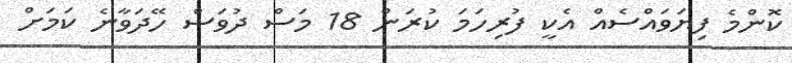
ކޮންމެ ފިޔަވައްސެއް އެކީ ފުރިހަމަ ކުރަން 18 މަސް ދުވަސް ހޭދަވާނެ ކަމަށް